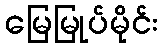
မြေမြုပ်မိုင်း